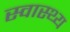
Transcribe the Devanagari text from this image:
स्‍वास्‍थ्य